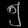
Digit: ၅